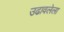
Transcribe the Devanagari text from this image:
उढावलेला